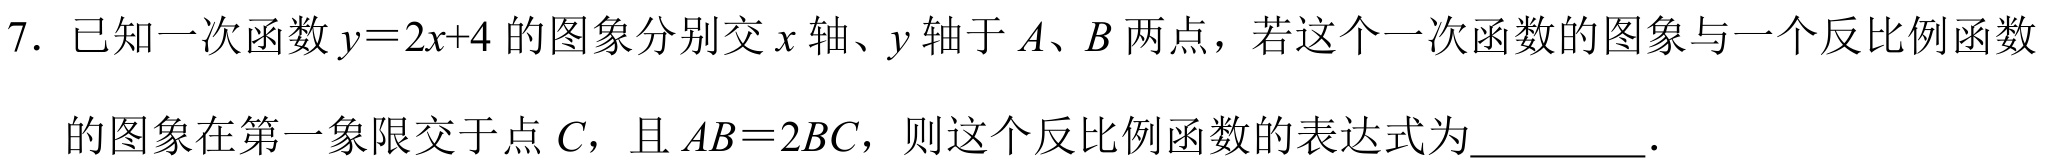
7. 已知一次函数 \(y = 2x + 4\) 的图象分别交 \(x\) 轴、\(y\) 轴于 \(A\)、\(B\) 两点，若这个一次函数的图象与一个反比例函数
的图象在第一象限交于点 \(C\)，且 \(AB = 2BC\)，则这个反比例函数的表达式为________.